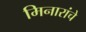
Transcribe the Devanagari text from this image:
मिनारांचे